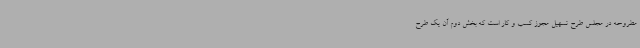
مطروحه در مجلس طرح تسهیل مجوز کسب و کار است که بخش دوم آن یک طرح